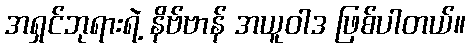
အရှင်ဘုရားရဲ့ နိဗ်ဗာန် အယူဝါဒ ဖြစ်ပါတယ်။